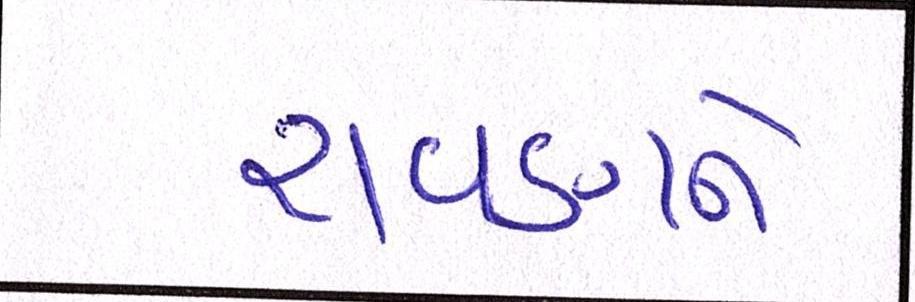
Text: રાવણને